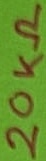
Text: 20KΩ